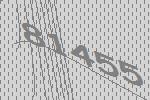
81455